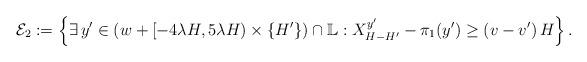
LaTeX: \begin{align*}\mathcal{E}_2 := \left\{\exists \, y^{\prime} \in \left( w+[-4\lambda H, 5\lambda H) \times \{H^\prime\} \right) \cap \mathbb{L} : X^{y^{\prime}}_{H-H^\prime} - \pi_1(y^\prime) \geq \left(v-v^{\prime}\right)H \right\}.\end{align*}